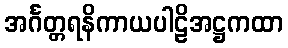
အင်္ဂတ္တရနိကာယပါဠိအဋ္ဌကထာ